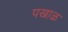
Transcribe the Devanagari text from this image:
पखाळ